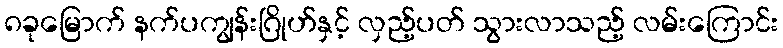
၈ခုမြောက် နက်ပကျွန်းဂြိုဟ်နှင့် လှည့်ပတ် သွားလာသည့် လမ်းကြောင်း